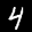
Label: 4